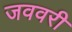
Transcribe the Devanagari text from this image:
जववरी